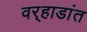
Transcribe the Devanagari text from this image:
वर्‍हाडांत